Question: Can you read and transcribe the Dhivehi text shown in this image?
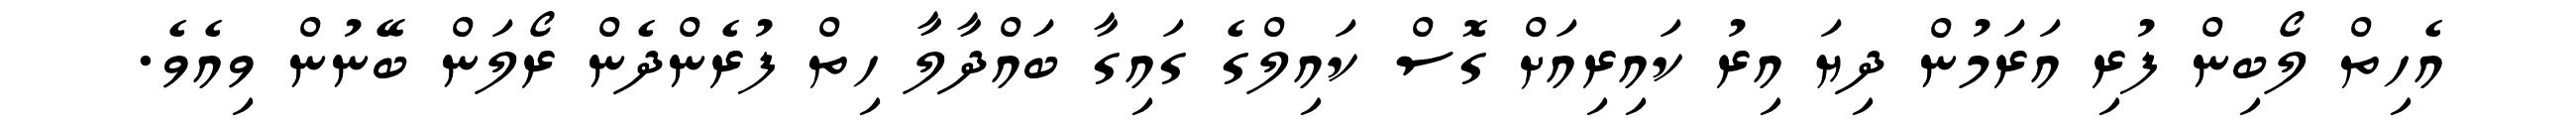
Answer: އެހިތް ލޯބިން ފުރި އަރަމުން ދިޔަ އިރު ކައިރިއަށް ގޮސް ކައިލްގެ ގައިގާ ބައްދާލާ ހިތް ފުރެންދެން ރޯލަން ބޭނުން ވިއެވެ.